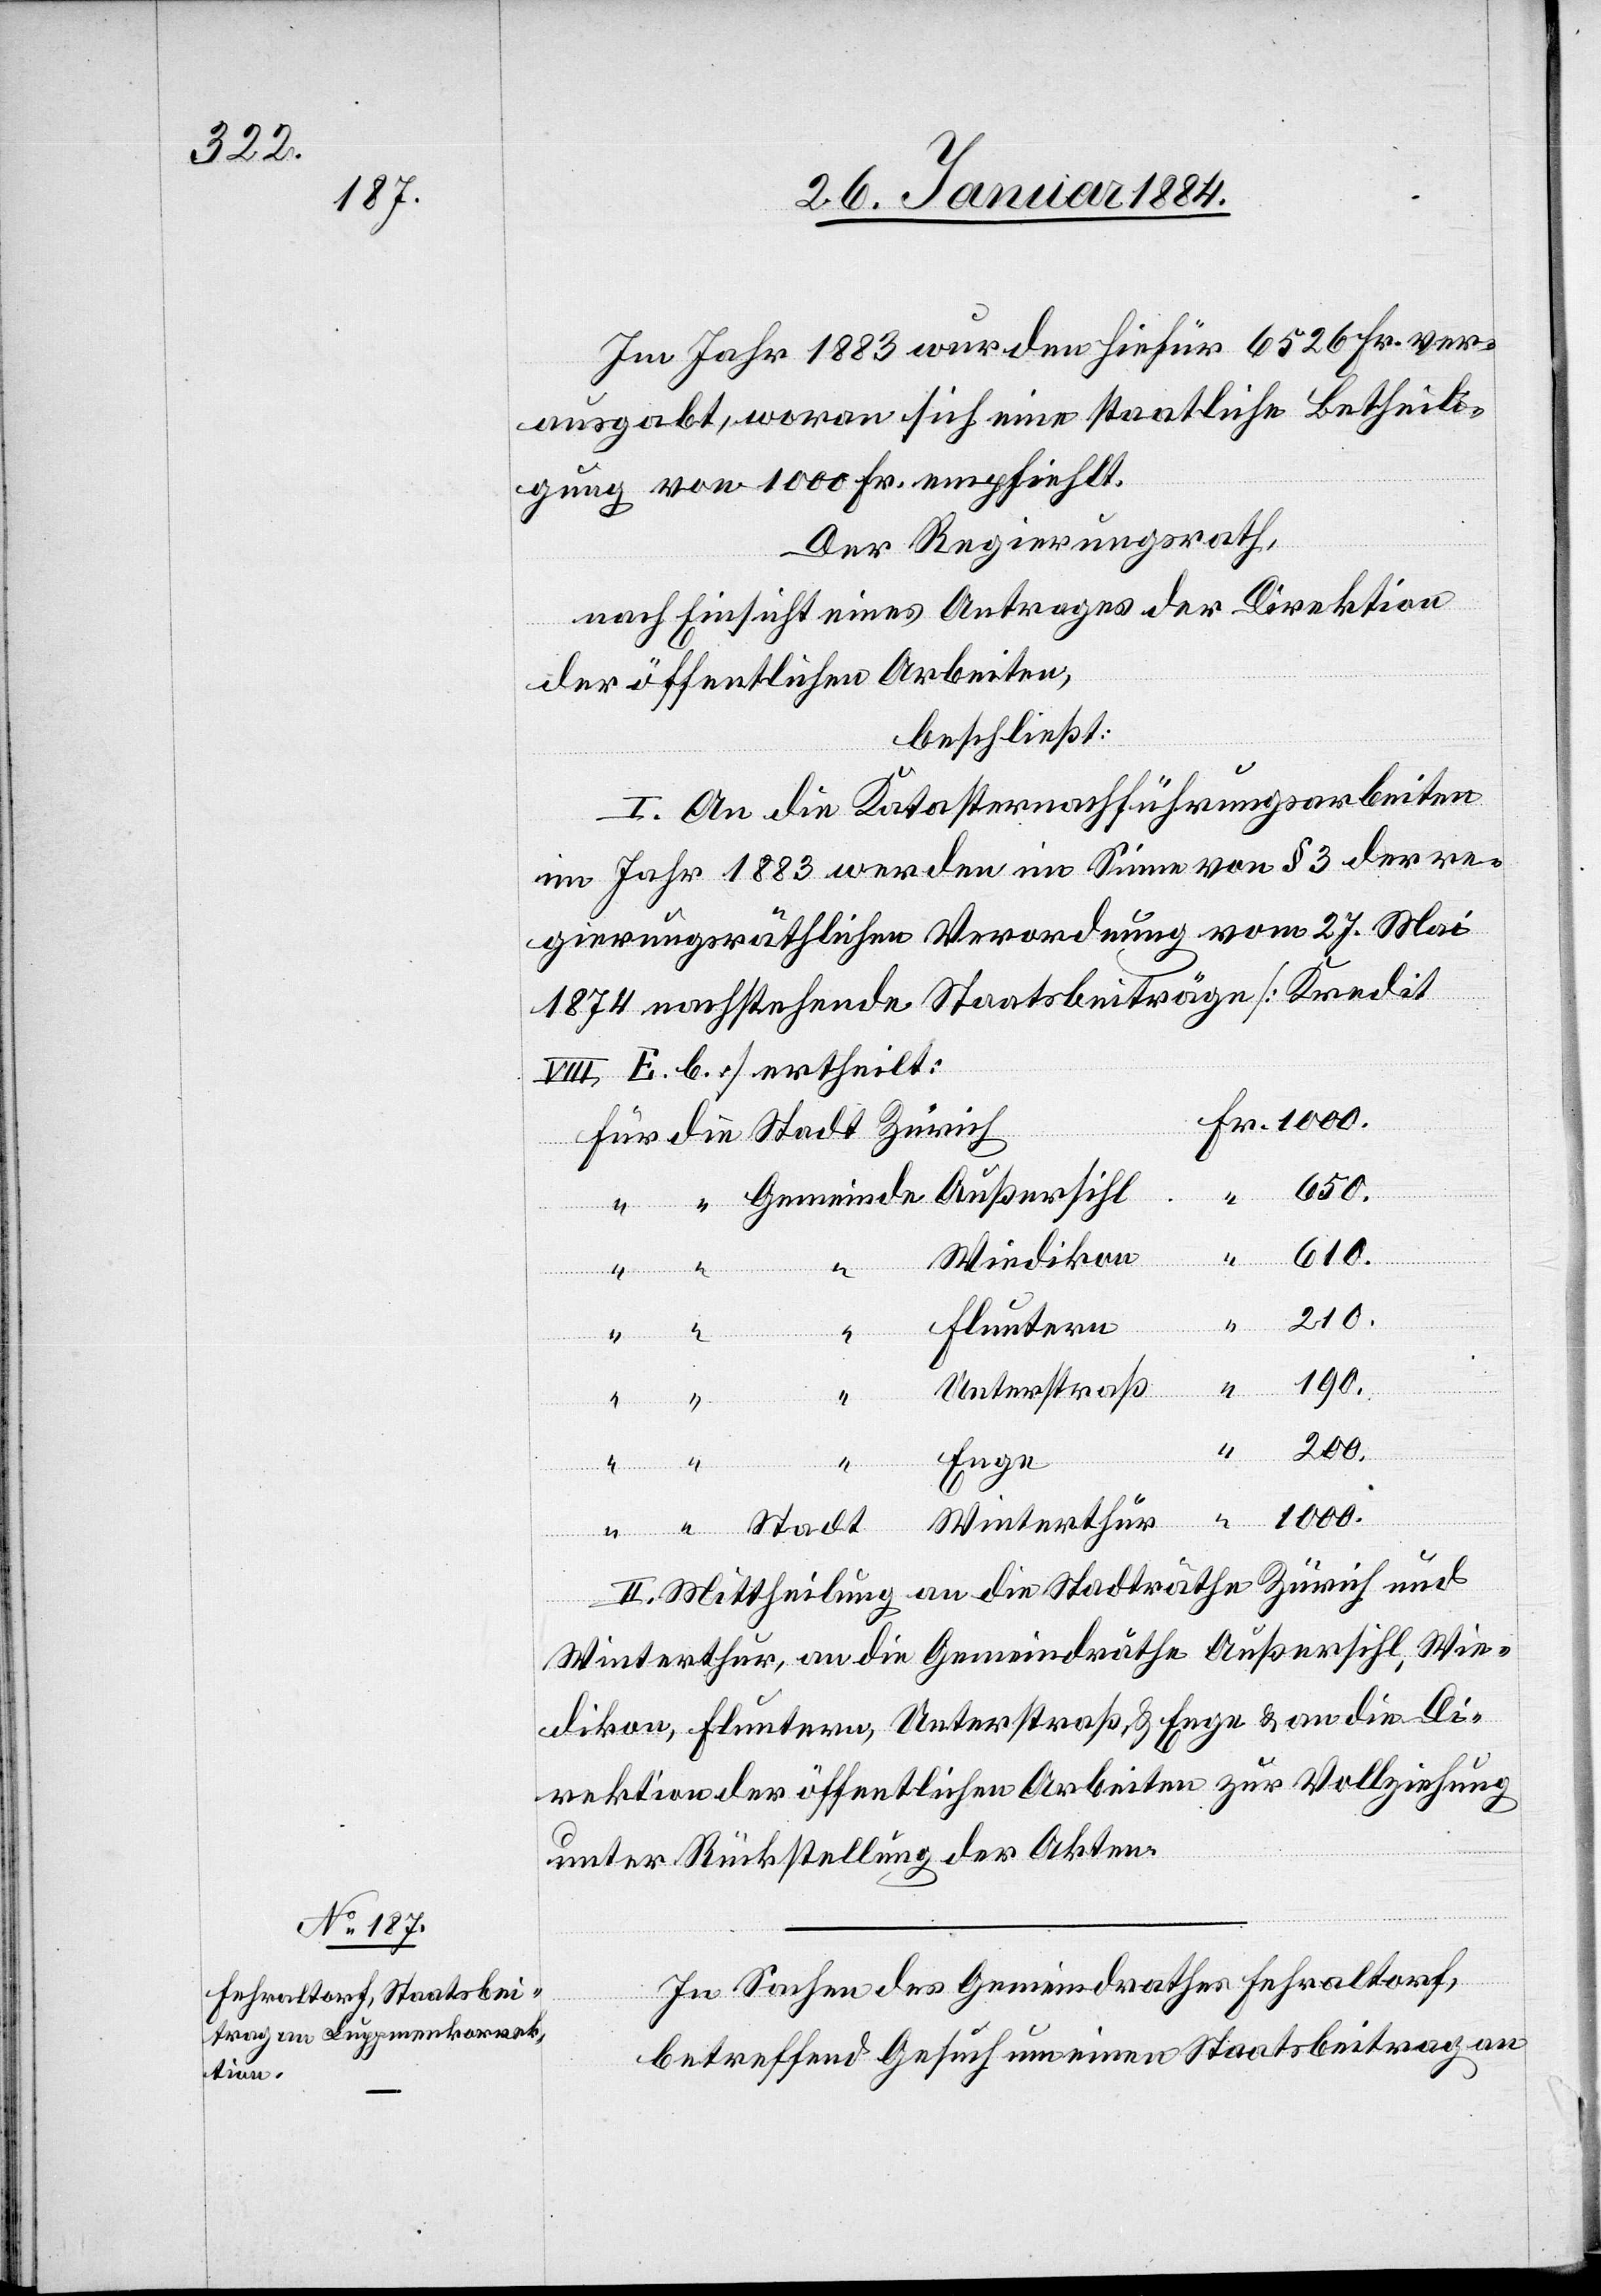
Im Jahr 1883 wurden hiefür 6526 Fr. ver¬
ausgabt, woran sich eine staatliche Betheili¬
gung von 1000 Fr. empfiehlt.
Der Regierungsrath,
nach Einsicht eines Antrages der Direktion
der öffentlichen Arbeiten,
beschließt:
I. An die Katasternachführungsarbeiten
im Jahr 1883 werden im Sinne von § 3 der re¬
gierungsräthlichen Verordnung vom 27. Mai
1874 nachstehende Staatsbeiträge [Kredit
VIII, E. b.] ertheilt:
650.
“
Fr.
610.
“
Wiedikon
210.
Fluntern
190.
Unterstraß
Win¬
200.
Enge
terthur
1000.
II. Mittheilung an die Stadträthe Zürich und
Winterthur, an die Gemeindräthe Außersihl, Wie¬
dikon, Fluntern, Unterstraß, & Enge & an die Di¬
rektion der öffentlichen Arbeiten zur Vollziehung
unter Rückstellung der Akten.
In Sachen des Gemeindrathes Fehraltorf,
betreffend Gesuch um einen Staatsbeitrag an